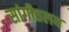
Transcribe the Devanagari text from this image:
सांगीतलय